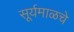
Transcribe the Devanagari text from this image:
सूर्यमाळचे